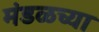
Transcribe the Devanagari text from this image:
मंडळच्या